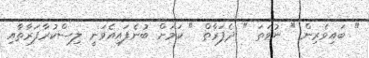
" ބައިވެރިން " ނުވަތަ " ދެފަރާތް " ކަމަށް ބުނެފައިއެވަނީ ލިސްކުރާފަރާތާއި